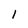
Character: 1